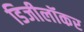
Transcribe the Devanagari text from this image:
डिजीलॉकर